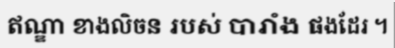
ឥណ្ឌា ខាងលិចន របស់ បារាំង ផងដែរ ។